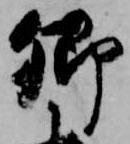
卿